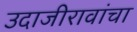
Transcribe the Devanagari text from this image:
उदाजीरावांचा